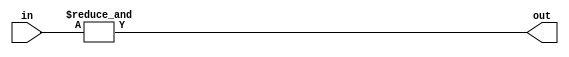
module n_input_and_gate #(parameter N = 2)
(
    input [N-1:0] in,
    output out
);

assign out = &in;

endmodule